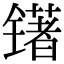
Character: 䦃